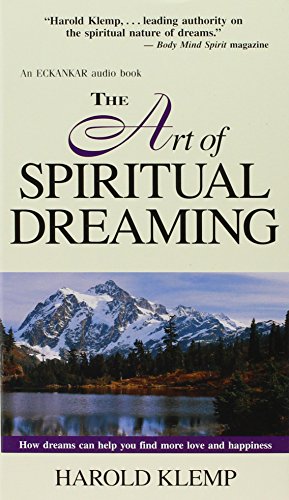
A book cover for The Art of Spiritual Dreaming; Harold Klemp; Religion & Spirituality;